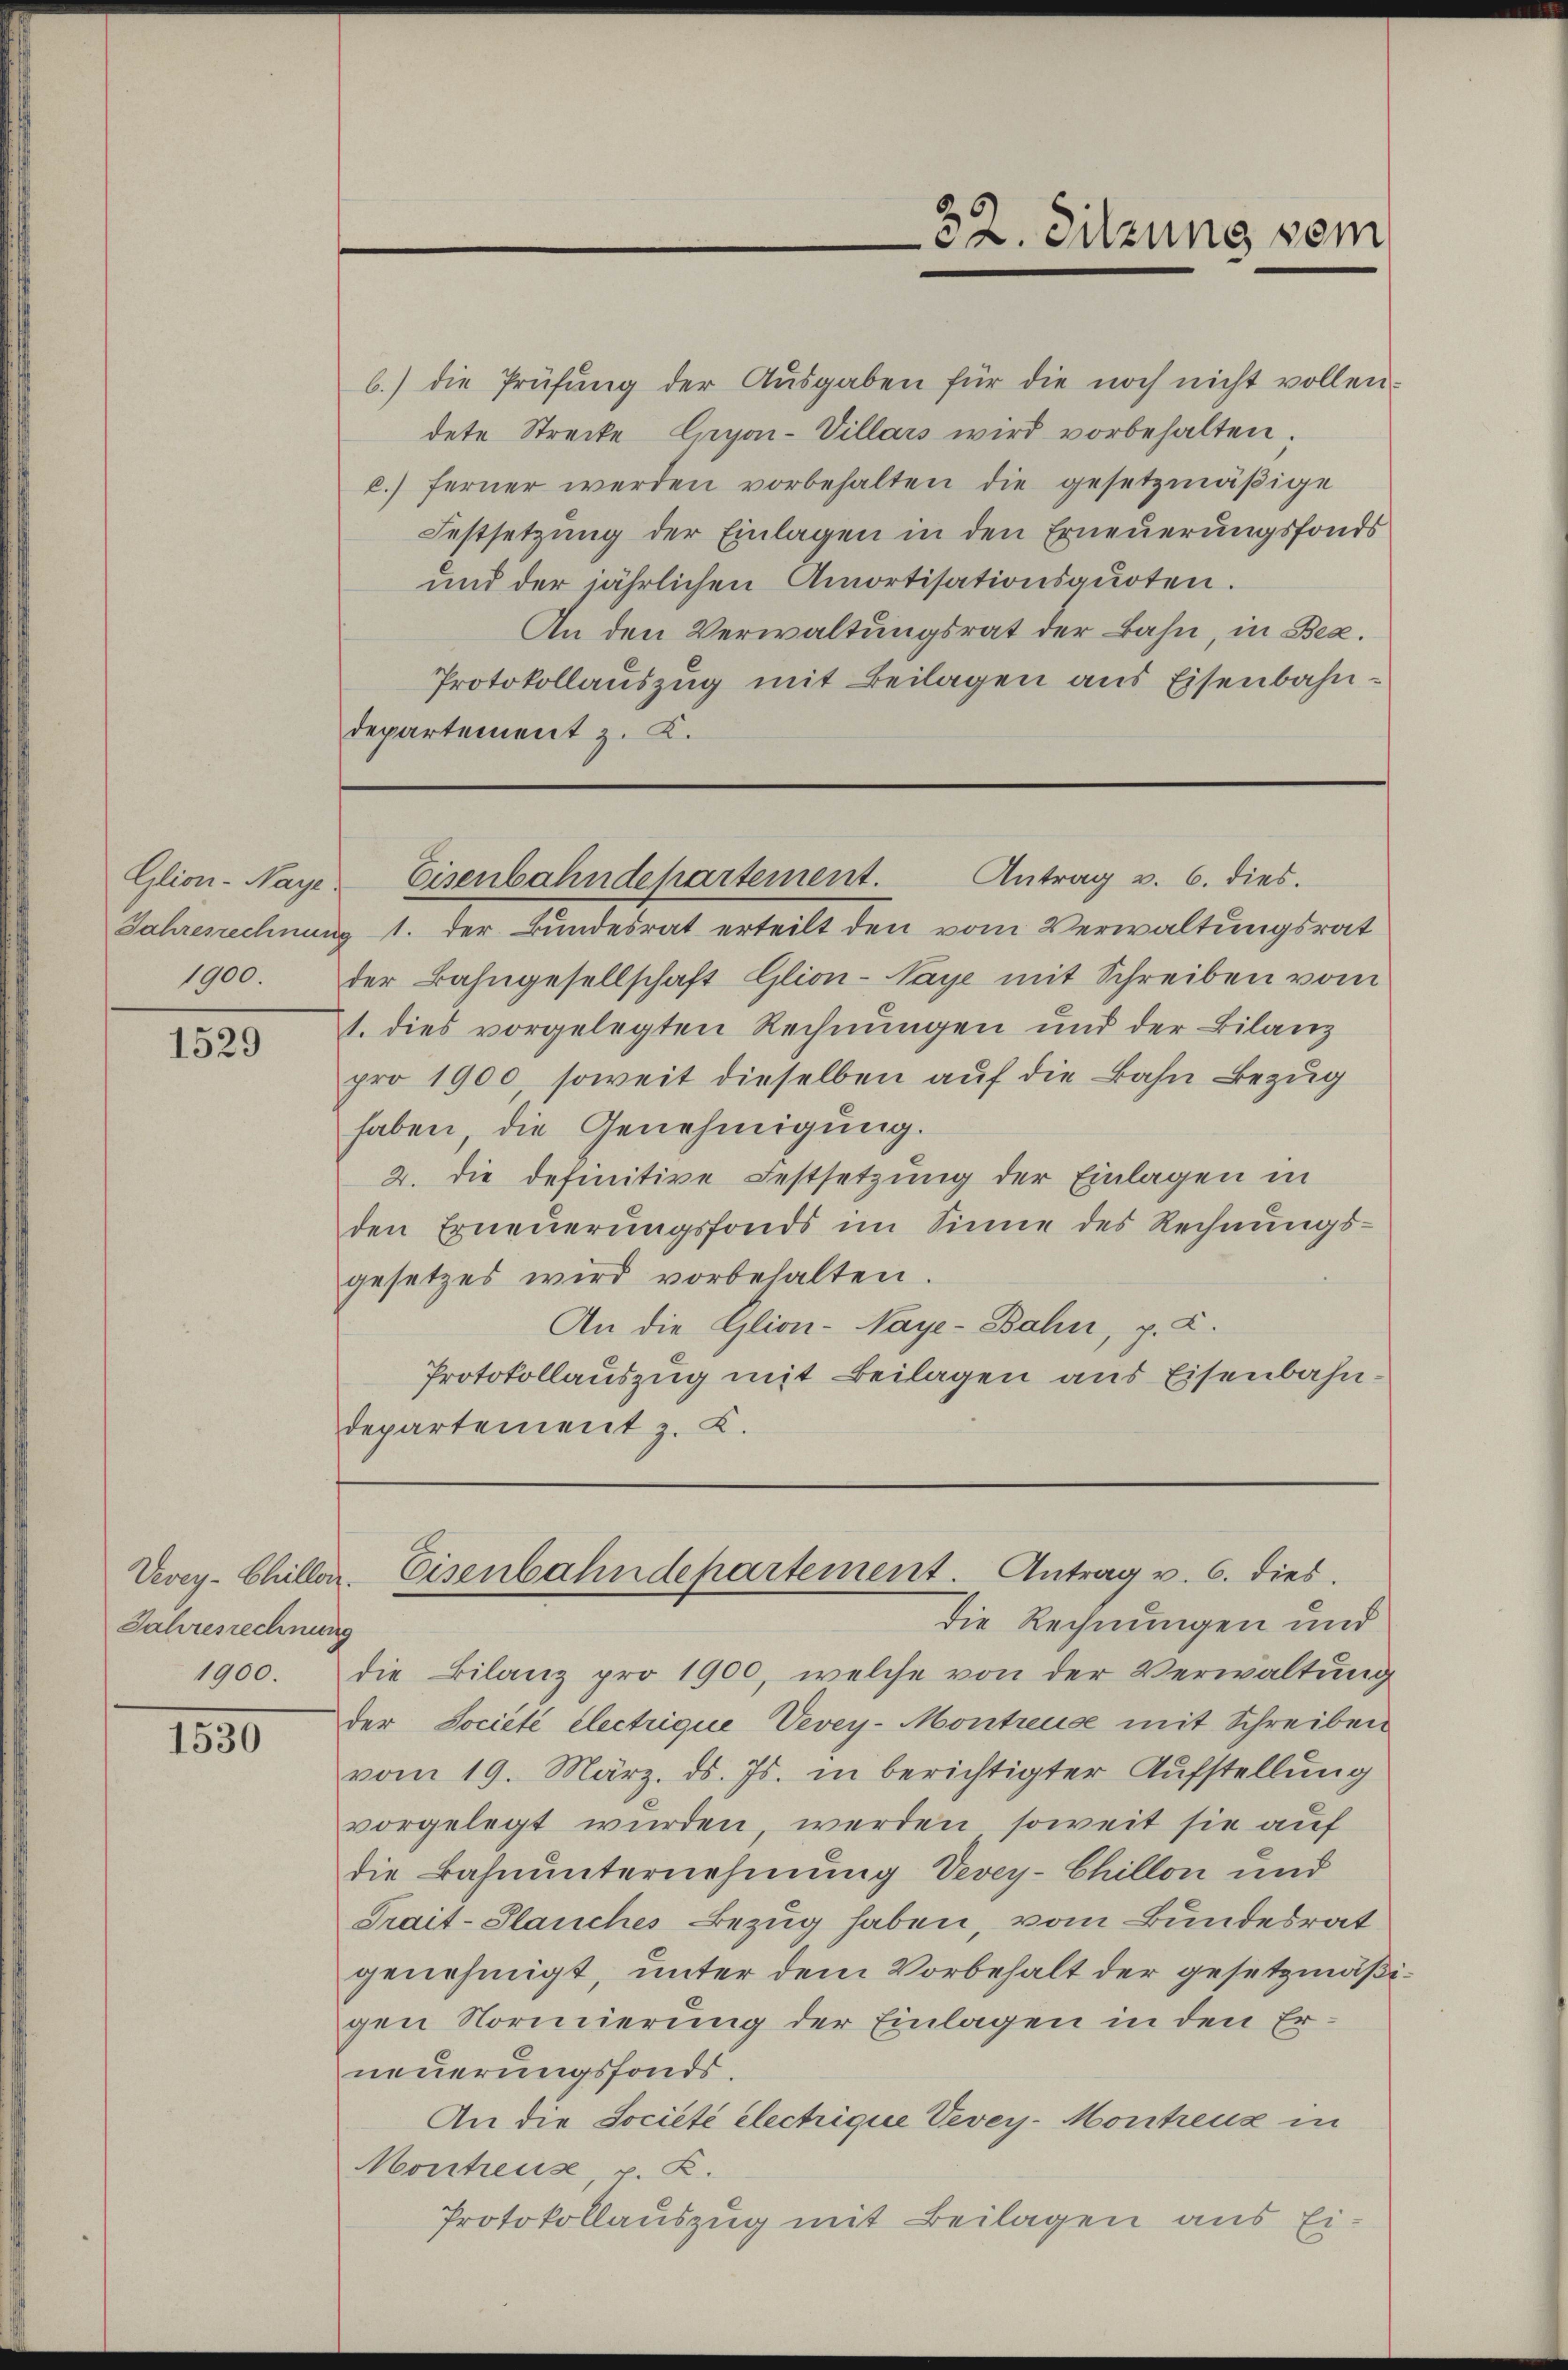
1900.

1529

Jahresrechnung

1530

b.) die Prüfŭng der Aŭsgaben für die noch nicht vollen-
dete Strecke Gryon-Villars wird vorbehalten;
c.) ferner werden vorbehalten die gesetzmäβige
Festsetzŭng der Einlagen in den Erneŭerŭngsfonds
und der jährlichen Amortisationsquoten.
An den Verwaltungsrat der Bahn, in Bez.
Protokollauszug mit Beilagen aus Eisenbahndepartement z. K.

32. Sitzung vom

Glion-Naye Eisenbahndepartement. Antrag v. 6. dies.

Vevey-Chiller. Eisenbahndepartement. Antrag v. 6. dies

Jahrenechnung 1. der Bundesrat erteilt den vom Verwaltungsrat
der Bahngesellschaft Glion-Naye mit Schreiben vom
1. dies vorgelegten Rechnungen und der Bilanz
pro 1900, soweit dieselben auf die Bahn Bezug
haben, die Genehmigung.
2. die definitive Festsetzung der Einlagen in
den Erneuerungsfonds im Sinne des Rechnŭngs-
gesetzes wird vorbehalten.
An die Glion-Naye-Bahn, p. C.
Protokollauszug mit Beilagen aus Eisenbahndepartement z. K.

Die Rechnungen und
1900. die Bilanz pro 1900, welche von der Verwaltŭng
der Société électrique Vevey-Montreuse mit Schreiben
vom 19. März. ds. Js. in berichtigter Aufstellung
vorgelegt wurden, werden soweit sie auf
die Bahnunternehmung Vevey-Chillon und
Trait-Planches Bezug haben, vom Bundesrat
genehmigt, unter dem Vorbehalt der gesetzmäßigen Normierung der Einlagen in den Erneuerungsfonds.
An die Société electrique Vevey-Montreuz in
Montreuse, p. R.
Protokollauszug mit Beilagen aus Ei¬